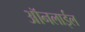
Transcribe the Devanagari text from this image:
ऑनलाईल